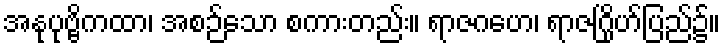
အနုပုဗ္ဗိကထာ၊ အစဉ်သော စကားတည်း။ ရာဇဂဟေ၊ ရာဇဂြိုဟ်ပြည်၌။